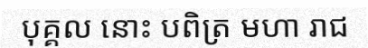
បុគ្គល នោះ បពិត្រ មហា រាជ